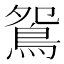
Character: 鴛